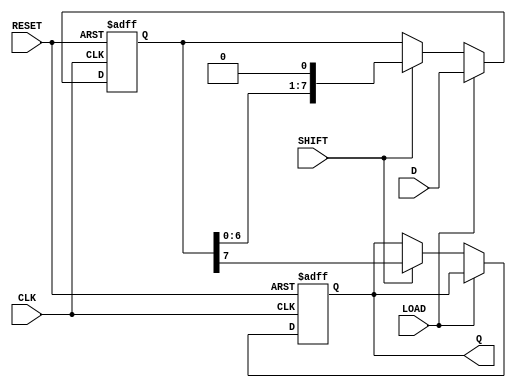
module PISO_Register (
    input wire [7:0] D,        // Parallel Data Input (8 bits)
    input wire LOAD,           // Load Control Signal
    input wire SHIFT,          // Shift Control Signal
    input wire CLK,            // Clock Signal
    input wire RESET,          // Reset Signal
    output reg Q               // Serial Output
);

    reg [7:0] shift_reg;       // Internal shift register to hold data

    always @(posedge CLK or posedge RESET) begin
        if (RESET) begin
            // Clear the register on reset
            shift_reg <= 8'b0;
            Q <= 1'b0;          // Reset serial output
        end
        else begin
            if (LOAD) begin
                // Load parallel data into the shift register
                shift_reg <= D;
            end
            else if (SHIFT) begin
                // Shift data out serially
                Q <= shift_reg[7]; // Output the MSB
                shift_reg <= {shift_reg[6:0], 1'b0}; // Shift left
            end
        end
    end

endmodule